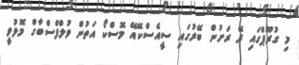
މި ގުރޫޕްގައި ރޭ ރަށުން ބޭރުގައި ސީއެސްކޭއޭ މޮސްކޯ އަތުން ވުލްފްސްބާގް މޮޅުވީ